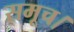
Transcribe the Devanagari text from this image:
समूच।